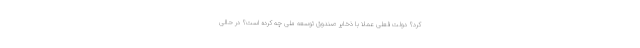
کرد؟ دولت فعلی عملاً با ذخایر صندوق توسعه ملی چه کرده است؟ در حالی